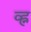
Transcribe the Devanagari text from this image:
व्ह्न